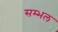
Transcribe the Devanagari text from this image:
सम्‍भल